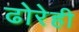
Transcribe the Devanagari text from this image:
ढोरेही